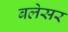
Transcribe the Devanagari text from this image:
बलेसर